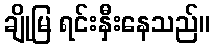
ချိုမြ ရင်းနှီးနေသည်။